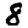
Digit: 8